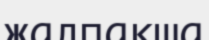
жалпақша